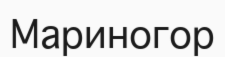
Мариногор